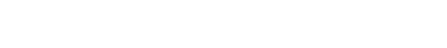
သမာနတာယ၊ တူသည်၏ အဖြစ်ဖြင့်။ ဝိဘာဝိနာ၊ ပညာရှိသည်။ ဉာတဗ္ဗာ၊